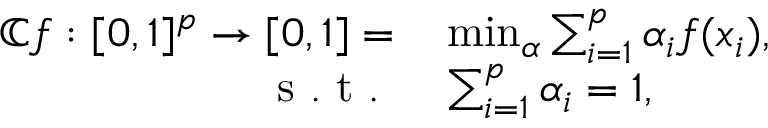
\begin{array} { r l } { \mathbb { C } f : [ 0 , 1 ] ^ { p } \rightarrow [ 0 , 1 ] = } & { { } \operatorname* { m i n } _ { \alpha } \sum _ { i = 1 } ^ { p } \alpha _ { i } f ( x _ { i } ) , } \\ { \mathrm { ~ s ~ . ~ t ~ . ~ } } & { { } \sum _ { i = 1 } ^ { p } \alpha _ { i } = 1 , } \end{array}